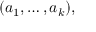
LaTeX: ( a _ { 1 } , \ldots , a _ { k } ) ,